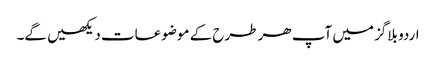
اردو بلاگز میں آپ ھر طرح کے موضوعات دیکھیں گے۔